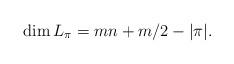
LaTeX: \begin{align*}\dim L_{\pi}= m\*n +m/2 -|\pi|.\end{align*}